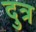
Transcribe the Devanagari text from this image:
दुत्र